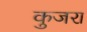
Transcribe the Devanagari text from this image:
कुजरा